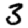
Digit: 3